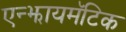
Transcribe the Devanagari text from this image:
एन्झायमॅटिक